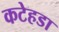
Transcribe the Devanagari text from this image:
कटेहडा